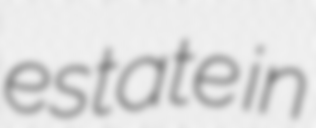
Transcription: estate in